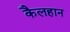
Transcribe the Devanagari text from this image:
कैलहान